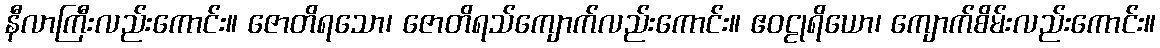
နီလာကြီးလည်းကောင်း။ ဇောတိရသော၊ ဇောတိရသ်ကျောက်လည်းကောင်း။ ဧဝဠုရိယော၊ ကျောက်စိမ်းလည်းကောင်း။